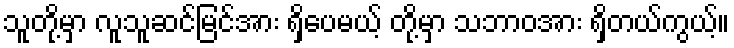
သူတို့မှာ လူသူဆင်မြင်အား ရှိပေမယ့် တို့မှာ သဘာဝအား ရှိတယ်ကွယ့်။